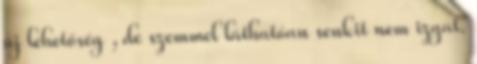
új lehetőség , de szemmel láthatóan senkit nem izgat.